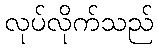
လုပ်လိုက်သည်